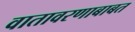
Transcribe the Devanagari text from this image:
वातावरणाबाबत